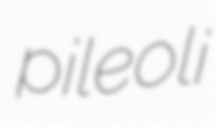
pileoli